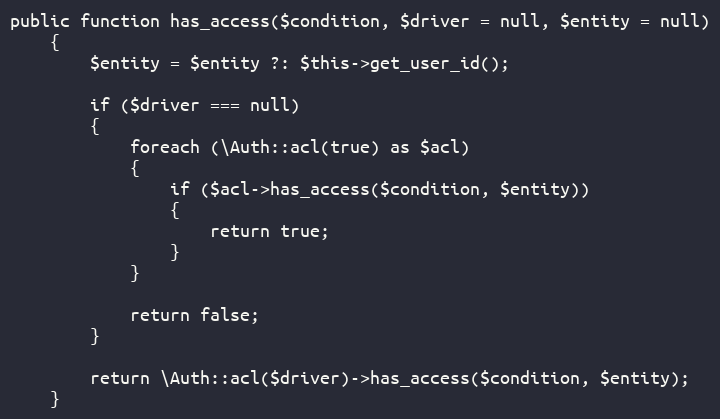
Language: PHP
public function has_access($condition, $driver = null, $entity = null)
	{
		$entity = $entity ?: $this->get_user_id();

		if ($driver === null)
		{
			foreach (\Auth::acl(true) as $acl)
			{
				if ($acl->has_access($condition, $entity))
				{
					return true;
				}
			}

			return false;
		}

		return \Auth::acl($driver)->has_access($condition, $entity);
	}